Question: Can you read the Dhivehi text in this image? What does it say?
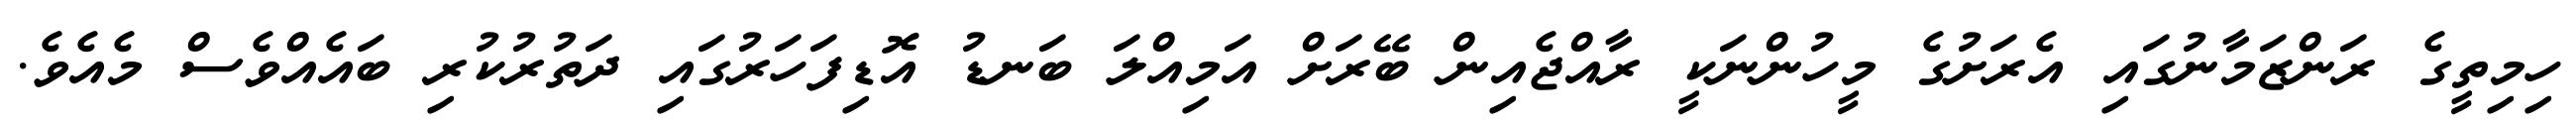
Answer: ހިމިތީގެ ރަންޒަމާނުގައި އެރަށުގެ މީހުންނަކީ ރާއްޖެއިން ބޭރަށް އަމިއްލަ ބަނޑު އޮޑިފަހަރުގައި ދަތުރުކުރި ބައެއްވެސް މެއެވެ.